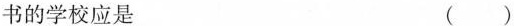
书的学校应是 ( )